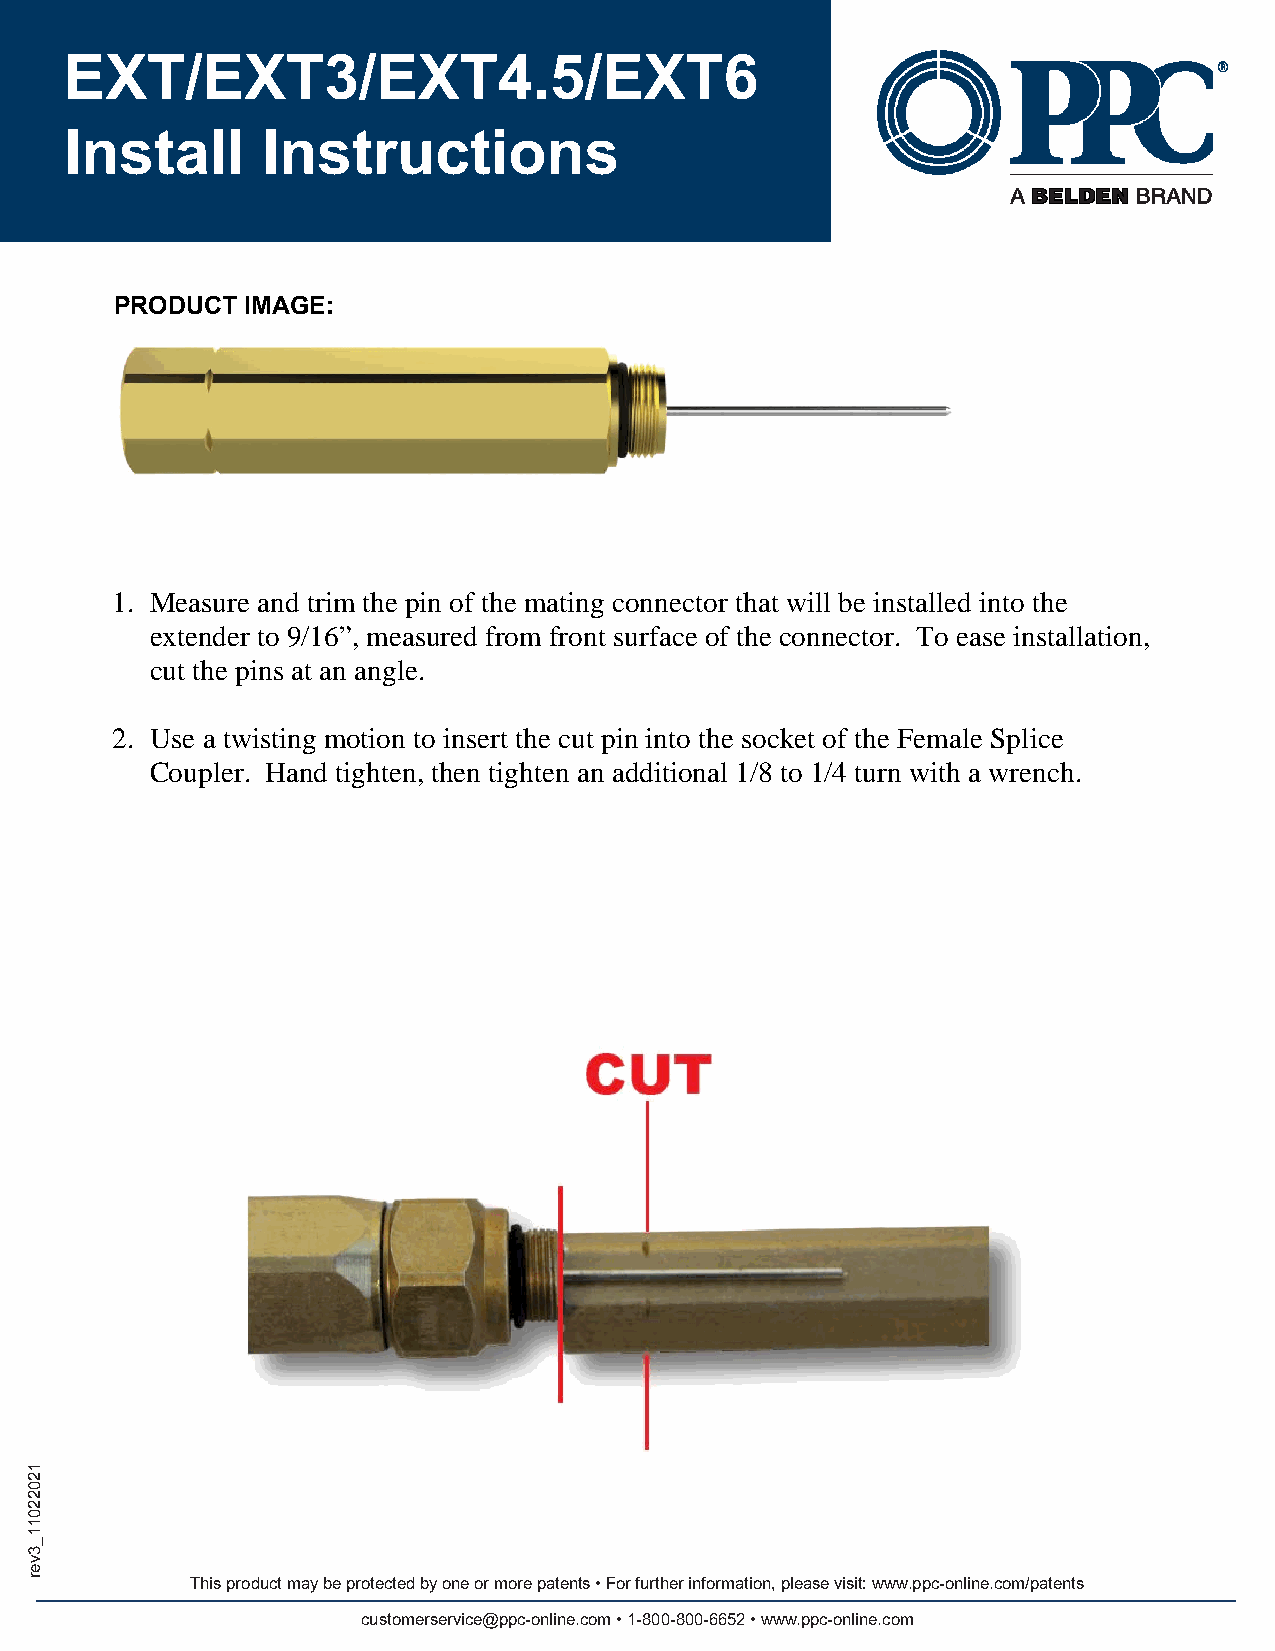
EXT/EXT3/EXT4.5/EXT6
 Install      Instructions
 PRODUCT IMAGE:
 1. Measure and trim the pin of the mating connector that will be installed into the
 extender to 9/16”, measured from front surface of the connector. To ease installation,
 cut the pins at an angle.
 2. Use a twisting motion to insert the cut pin into the socket of the Female Splice
 Coupler. Hand tighten, then tighten an additional 1/8 to 1/4 turn with a wrench.
 This product may be protected by one or more patents • For further information, please visit: www.ppc-online.com/patents
 customerservice@ppc-online.com • 1-800-800-6652 • www.ppc-online.com
 12022011_3ver